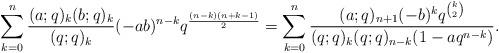
LaTeX: \begin{align*}\sum_{k=0}^n\frac{(a;q)_k (b;q)_k}{(q;q)_k}(-ab)^{n-k}q^{\frac{(n-k)(n+k-1)}{2}}=\sum_{k=0}^n\frac{(a;q)_{n+1}(-b)^k q^{k\choose 2}}{(q;q)_k (q;q)_{n-k}(1-aq^{n-k})}.\end{align*}